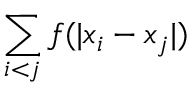
\sum _ { i < j } f ( | x _ { i } - x _ { j } | )